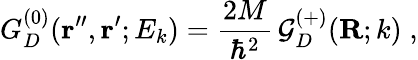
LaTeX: G_{D}^{(0)}({\mathbf r^{\prime\prime}},{\mathbf r^{\prime}};E_{k})=\frac{2M}{\hbar^{2}}\, {\mathcal G}_{D}^{(+)}({\mathbf R};k)\; ,